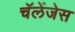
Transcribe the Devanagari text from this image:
चॅलेंजेस